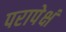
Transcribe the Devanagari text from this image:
परापेक्षं